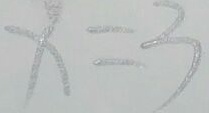
x = 3